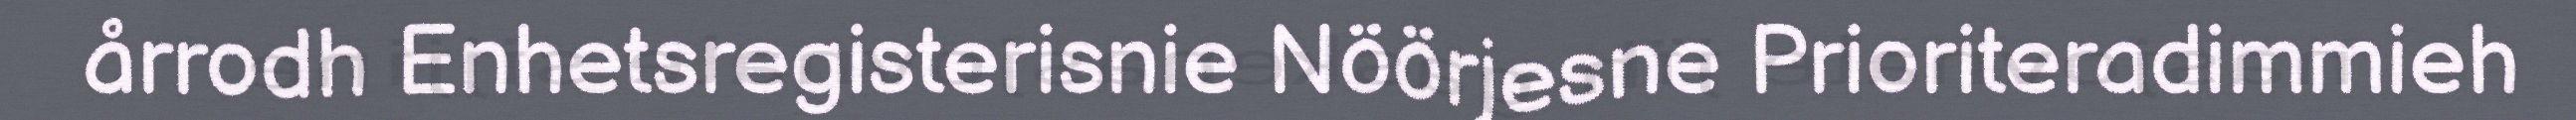
årrodh Enhetsregisterisnie Nöörjesne Prioriteradimmieh